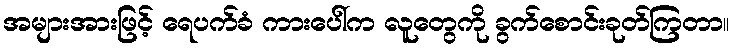
အများအားဖြင့် ရေပက်ခံ ကားပေါ်က လူတွေကို ခွက်စောင်းခုတ်ကြတာ။